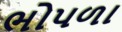
ભોપળા